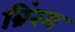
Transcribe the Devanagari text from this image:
ब्रिंरग